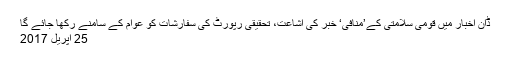
ڈان اخبار میں قومی سلامتی کے’منافی‘ خبر کی اشاعت، تحقیقی رپورٹ کی سفارشات کو عوام کے سامنے رکھا جائے گا
25 اپريل 2017